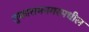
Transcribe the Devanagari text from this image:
तुकारामनगरमधील